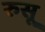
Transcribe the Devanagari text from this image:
रुसू